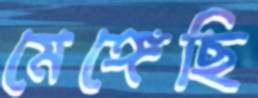
মেঙ্গেছি